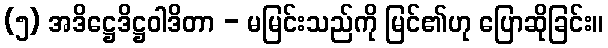
(၅) အဒိဋ္ဌေဒိဋ္ဌဝါဒိတာ - မမြင်းသည်ကို မြင်၏ဟု ပြောဆိုခြင်း။